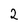
Character: 2